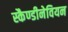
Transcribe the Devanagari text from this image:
स्कैण्डीनेवियन